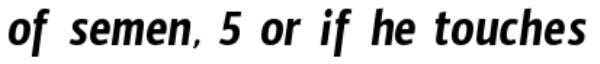
of semen, 5 or if he touches